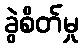
ခွဲစိတ်မှု